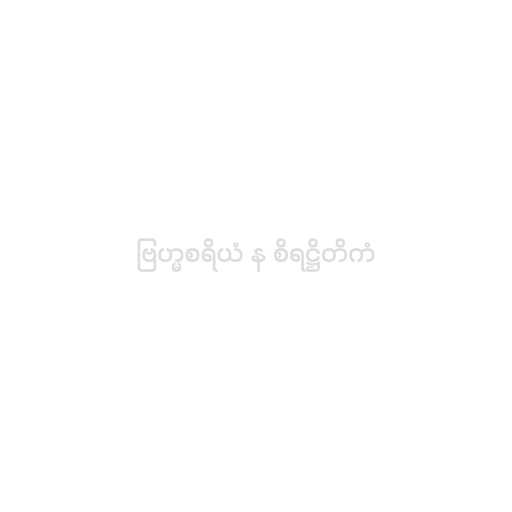
ဗြဟ္မစရိယံ န စိရဋ္ဌိတိကံ